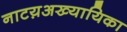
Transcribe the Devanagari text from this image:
नाटय़अख्यायिका